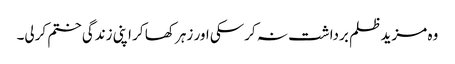
وہ مزید ظلم برداشت نہ کرسکی اور زہر کھا کر اپنی زندگی ختم کرلی۔